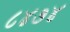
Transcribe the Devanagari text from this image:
८४७४